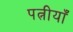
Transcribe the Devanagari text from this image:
पत्नीयाँ